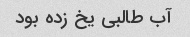
آب طالبی یخ زده بود